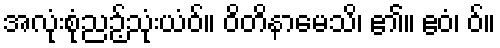
အလုံးစုံညဉ့်သုံးယံဝ်။ ဝိတိနာမေသိ၊ ၏။ ဧဝံ၊ ဝ်။